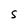
Character: S